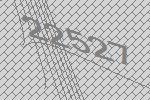
22527